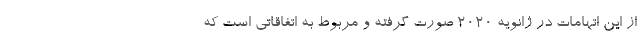
از این اتهامات در ژانویه 2020 صورت گرفته و مربوط به اتفاقاتی است که